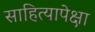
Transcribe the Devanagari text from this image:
साहित्यापेक्षा